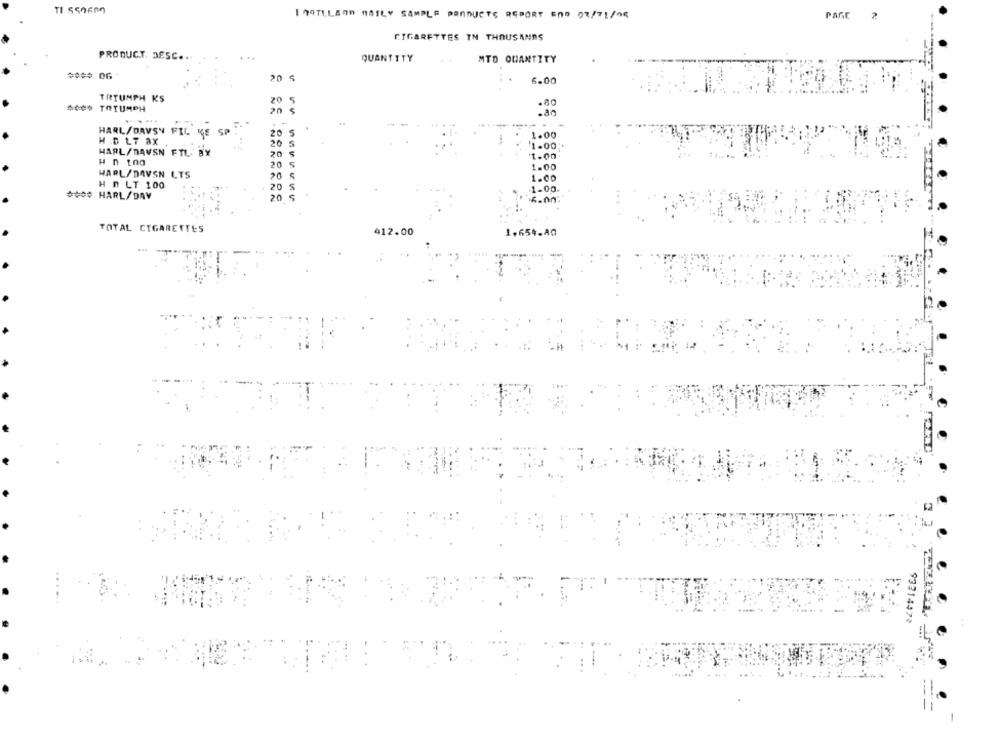
I HOTELAND MAILY SAMPLE PRODUCTS REPORT AND 07/71/08
PAGE
2
CIGARETTES IN THOUSANDS
PRODUCT. DESC ..
QUANTITY
MTD QUANTITY
**** 06
20
6.00
TRYUMPH KS
20 5
.80
4000 TRIUMPH
20 $
.80
. ...
-
HARL/DAVSY FIL KE
SP
20 $
1.00
H D LT AX
20
1.00
HARL/DAVSN FTL. BX
20 $
1.00
20
1.00
HARL/DAVSN LTS
20
1.00
H D LT 100
20 S
1.00.
**** HARL/DAY
TOTAL CIGARETTES
1,654.80
412.00
93214474